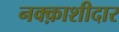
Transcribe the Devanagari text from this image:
नक्क़ाशीदार